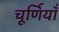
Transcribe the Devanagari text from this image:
चूर्णियाँ